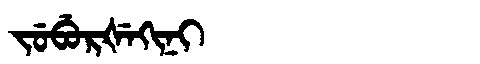
Manchu: ᠵᡠᠪᡠᡵᡧᡝᡴᡳᠨᡳ
Romanization: JUBURŠEKINI